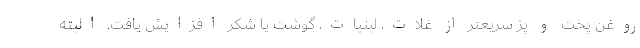
روغن پخت و پز سریعتر از غلات، لبنیات، گوشت یا شکر افزایش یافت. البته